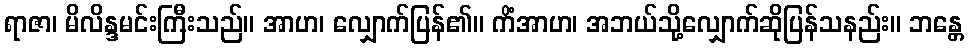
ရာဇာ၊ မိလိန္ဒမင်းကြီးသည်။ အာဟ၊ လျှောက်ပြန်၏။ ကိံအာဟ၊ အဘယ်သို့လျှောက်ဆိုပြန်သနည်း။ ဘန္တေ